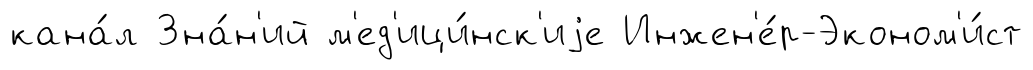
кана́л Зна́н'ий м'ед'ици́нск'иjе Инжен'е́р-Эконом'и́ст